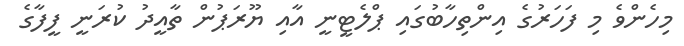
މިހެންވެ މި ފަހަރުގެ އިންތިހާބުގައި ޕްލެޓީނީ އާއި ޔޫރަޕުން ތާއީދު ކުރަނީ ފީފާގެ